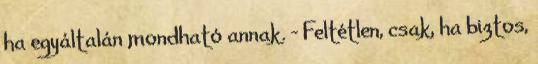
ha egyáltalán mondható annak. - Feltétlen, csak, ha biztos,